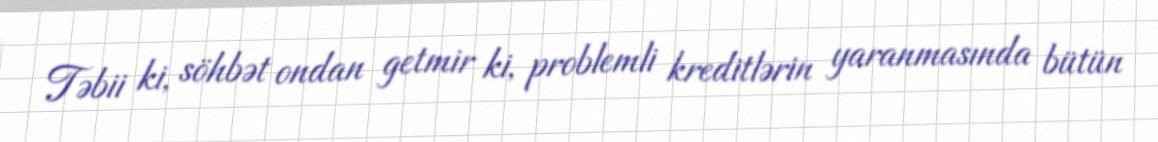
Təbii ki, söhbət ondan getmir ki, problemli kreditlərin yaranmasında bütün